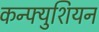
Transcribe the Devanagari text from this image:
कन्फ्युशियन